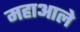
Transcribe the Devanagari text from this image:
महाआले